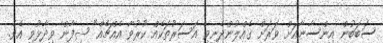
ސަބަބުން އިންސާނާއަށް ވަރަށް ގެއްލުންދެނިވި އަސަރުތަކެއް ކުރުވާ އެއްޗެއް" ޝިފާން ވިދާޅުވި އެވެ.